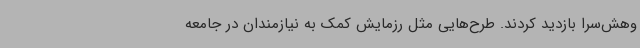
وهش‌سرا بازدید کردند. طرح‌هایی مثل رزمایش کمک به نیازمندان در جامعه